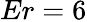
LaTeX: Er=6